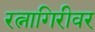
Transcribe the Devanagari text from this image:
रत्नागिरीवर